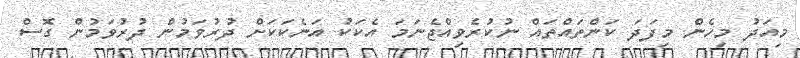
މިއަދު މިހެން މިފަދަ ކަންތައްތައް ނުކުރެވިއްޖެނަމަ އެކަކު އަނެކަކަށް ދުރުވަމުން ދުރުވަމުން ގޮސް